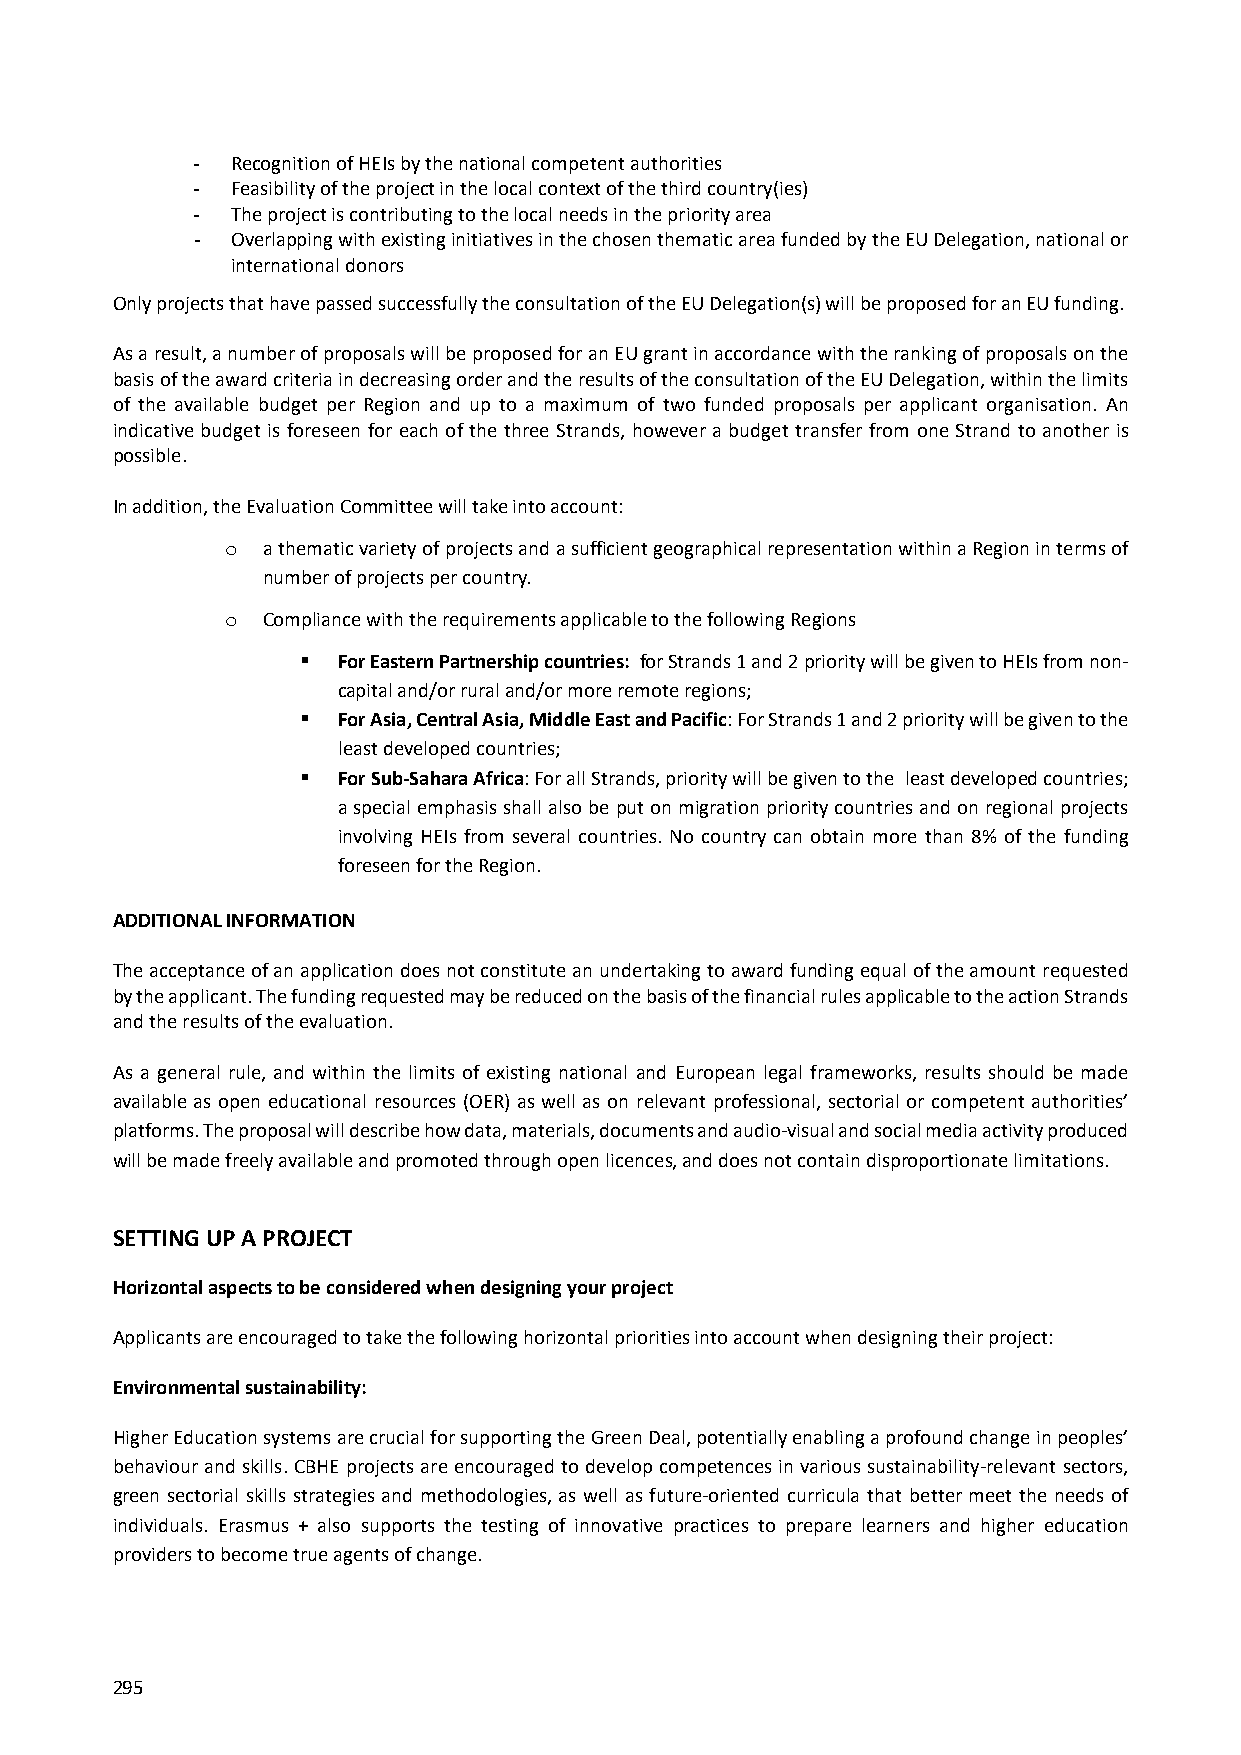
- Recognition of HEIs by the national competent authorities
 - Feasibility of the project in the local context of the third country(ies)
 - The project is contributing to the local needs in the priority area
 - Overlapping with existing initiatives in the chosen thematic area funded by the EU Delegation, national or
 international donors
 Only projects that have passed successfully the consultation of the EU Delegation(s) will be proposed for an EU funding.
 As a result, a number of proposals will be proposed for an EU grant in accordance with the ranking of proposals on the
 basis of the award criteria in decreasing order and the results of the consultation of the EU Delegation, within the limits
 of the available budget per Region and up to a maximum of two funded proposals per applicant organisation. An
 indicative budget is foreseen for each of the three Strands, however a budget transfer from one Strand to another is
 possible.
 In addition, the Evaluation Committee will take into account:
 o a thematic variety of projects and a sufficient geographical representation within a Region in terms of
 number of projects per country.
 o Compliance with the requirements applicable to the following Regions
  For Eastern Partnership countries: for Strands 1 and 2 priority will be given to HEIs from non‐
 capital and/or rural and/or more remote regions;
  For Asia, Central Asia, Middle East and Pacific: For Strands 1 and 2 priority will be given to the
 least developed countries;
  For Sub‐Sahara Africa: For all Strands, priority will be given to the least developed countries;
 a special emphasis shall also be put on migration priority countries and on regional projects
 involving HEIs from several countries. No country can obtain more than 8% of the funding
 foreseen for the Region.
 ADDITIONAL INFORMATION
 The acceptance of an application does not constitute an undertaking to award funding equal of the amount requested
 by the applicant. The funding requested may be reduced on the basis of the financial rules applicable to the action Strands
 and the results of the evaluation.
 As a general rule, and within the limits of existing national and European legal frameworks, results should be made
 available as open educational resources (OER) as well as on relevant professional, sectorial or competent authorities’
 platforms. The proposal will describe how data, materials, documents and audio‐visual and social media activity produced
 will be made freely available and promoted through open licences, and does not contain disproportionate limitations.
 SETTING UP A PROJECT
 Horizontal aspects to be considered when designing your project
 Applicants are encouraged to take the following horizontal priorities into account when designing their project:
 Environmental sustainability:
 Higher Education systems are crucial for supporting the Green Deal, potentially enabling a profound change in peoples’
 behaviour and skills. CBHE projects are encouraged to develop competences in various sustainability‐relevant sectors,
 green sectorial skills strategies and methodologies, as well as future‐oriented curricula that better meet the needs of
 individuals. Erasmus + also supports the testing of innovative practices to prepare learners and higher education
 providers to become true agents of change.
 295